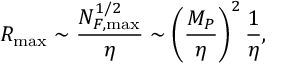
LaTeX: R _ { \operatorname * { m a x } } \sim \frac { N _ { F , \operatorname * { m a x } } ^ { 1 / 2 } } \eta \sim \left( \frac { M _ { P } } \eta \right) ^ { 2 } \frac 1 \eta ,